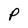
Character: P